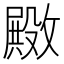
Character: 𫿚